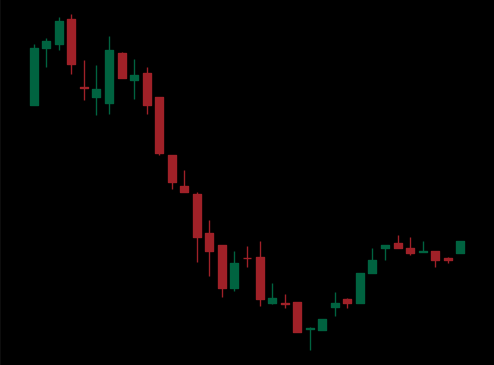
Pattern: bull_flag